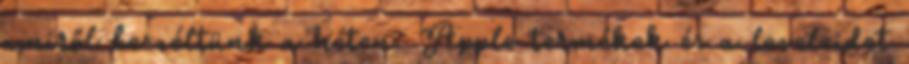
amiről beszéltünk a héten: Apple termékek és a leveleidet